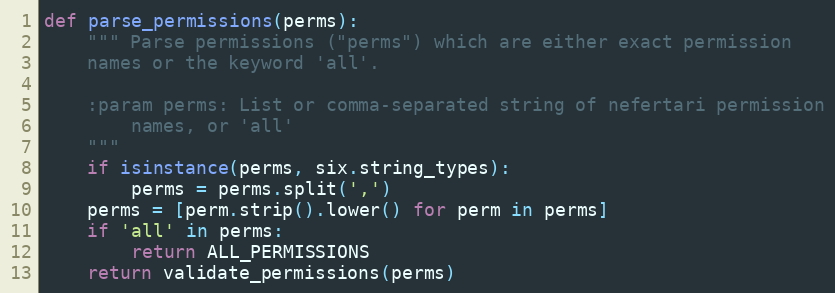
Language: Python
def parse_permissions(perms):
    """ Parse permissions ("perms") which are either exact permission
    names or the keyword 'all'.

    :param perms: List or comma-separated string of nefertari permission
        names, or 'all'
    """
    if isinstance(perms, six.string_types):
        perms = perms.split(',')
    perms = [perm.strip().lower() for perm in perms]
    if 'all' in perms:
        return ALL_PERMISSIONS
    return validate_permissions(perms)